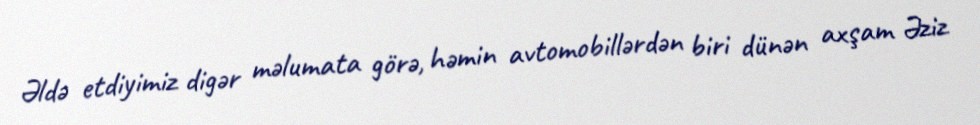
Əldə etdiyimiz digər məlumata görə, həmin avtomobillərdən biri dünən axşam Əziz